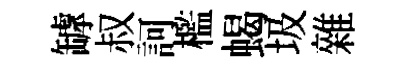
罅叔訶檻蝎圾雜